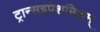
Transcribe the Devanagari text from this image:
ट्रान्सइंप्रेशनिझम्